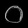
Digit: ၀